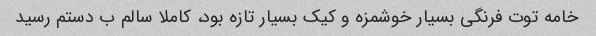
خامه توت فرنگی بسیار خوشمزه و کیک بسیار تازه بود، کاملا سالم ب دستم رسید